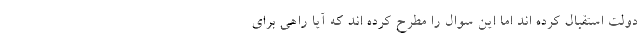
دولت استقبال کرده اند اما این سوال را مطرح کرده اند که آیا راهی برای